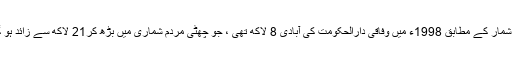
ملک کے اہم شہروں کے حوالے سے ملنے والے اعداد و شمار کے مطابق 1998ء میں وفاقی دارالحکومت کی آبادی 8 لاکھ تھی ، جو چھٹی مردم شماری میں بڑھ کر21 لاکھ سے زائد ہو گئی ہے ، اسلام آباد میں شرح اضافہ 162فیصد رہی ہے۔